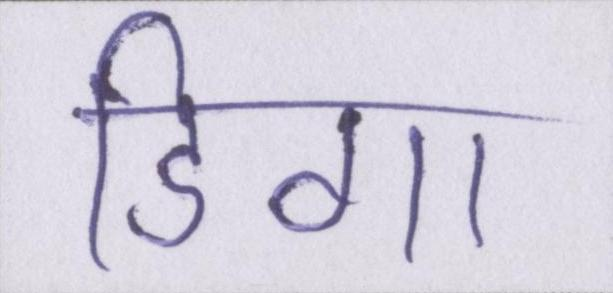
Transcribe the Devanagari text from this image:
डिगा